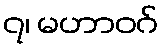
၇၊ မဟာဝဂ်